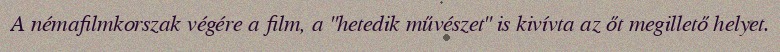
A némafilmkorszak végére a film, a "hetedik művészet" is kivívta az őt megillető helyet.